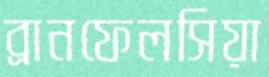
ব্রানফেলসিয়া